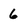
Character: 6